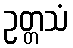
ဥတ္တသံ